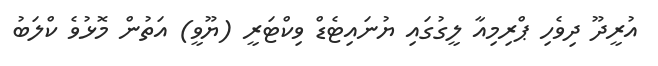
އުރީދޫ ދިވެހި ޕްރިމިއާ ލީގުގައި ޔުނައިޓެޑް ވިކްޓަރީ (ޔޫވީ) އަތުން މޮޅުވެ ކްލަބު